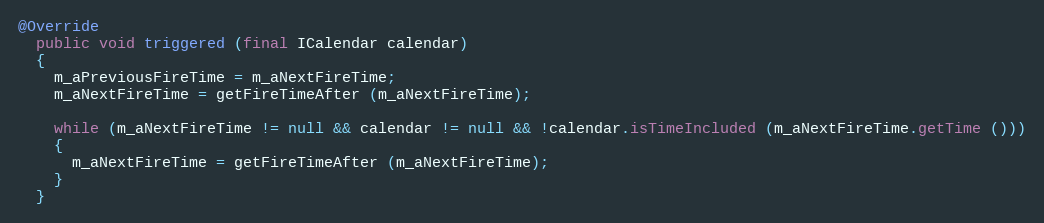
Language: Java
@Override
  public void triggered (final ICalendar calendar)
  {
    m_aPreviousFireTime = m_aNextFireTime;
    m_aNextFireTime = getFireTimeAfter (m_aNextFireTime);

    while (m_aNextFireTime != null && calendar != null && !calendar.isTimeIncluded (m_aNextFireTime.getTime ()))
    {
      m_aNextFireTime = getFireTimeAfter (m_aNextFireTime);
    }
  }